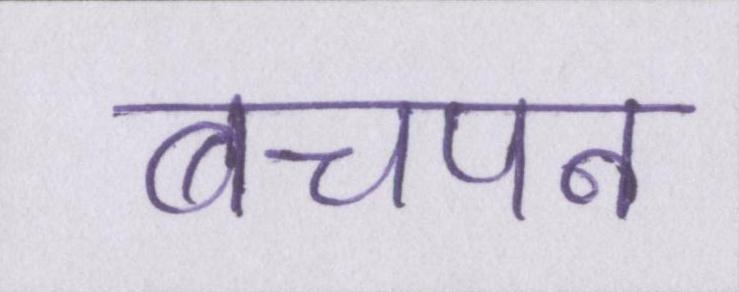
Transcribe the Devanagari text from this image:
बचपन